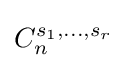
C_{n}^{s_{1},\ldots ,s_{r}}